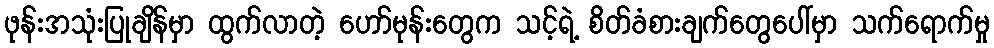
ဖုန်းအသုံးပြုချိန်မှာ ထွက်လာတဲ့ ဟော်မုန်းတွေက သင့်ရဲ့ စိတ်ခံစားချက်တွေပေါ်မှာ သက်ရောက်မှု